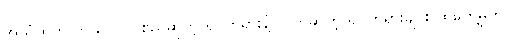
အသံထွက်လာသလိုပဲ၊ စည်ဆိုတဲ့ ရုပ်တရားနဲ့ လက်ဆိုတဲ့ ရုပ်တရားချင်း ထိတွေ့မှုကို